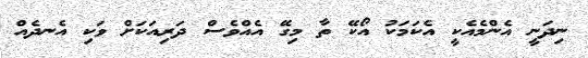
ނިދަނީ އެންމެއެކީ އެކަމަކު އޯކޭ ތާ މިގޭ އެއްވެސް ދަރިއަކަށް ވަކި އެނދެއް